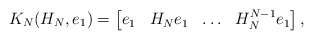
\begin{align*} K_N(H_N,e_1) = \begin{bmatrix} e_1 & H_N e_1 & \ldots & H_N^{N-1} e_1 \end{bmatrix},\end{align*}